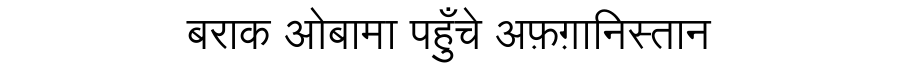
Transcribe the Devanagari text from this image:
बराक ओबामा पहुँचे अफ़ग़ानिस्तान